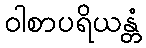
ဝါစာပရိယန္တံ